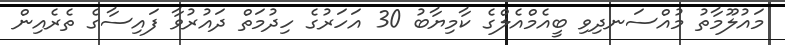
މައުލޫމާތު މުއްސަނދިވި ބީއެމްއެލްގެ ކާމިޔާބު 30 އަހަރުގެ ހިދުމަތް ދައުރުވާ ފައިސާގެ ތެރެއިން